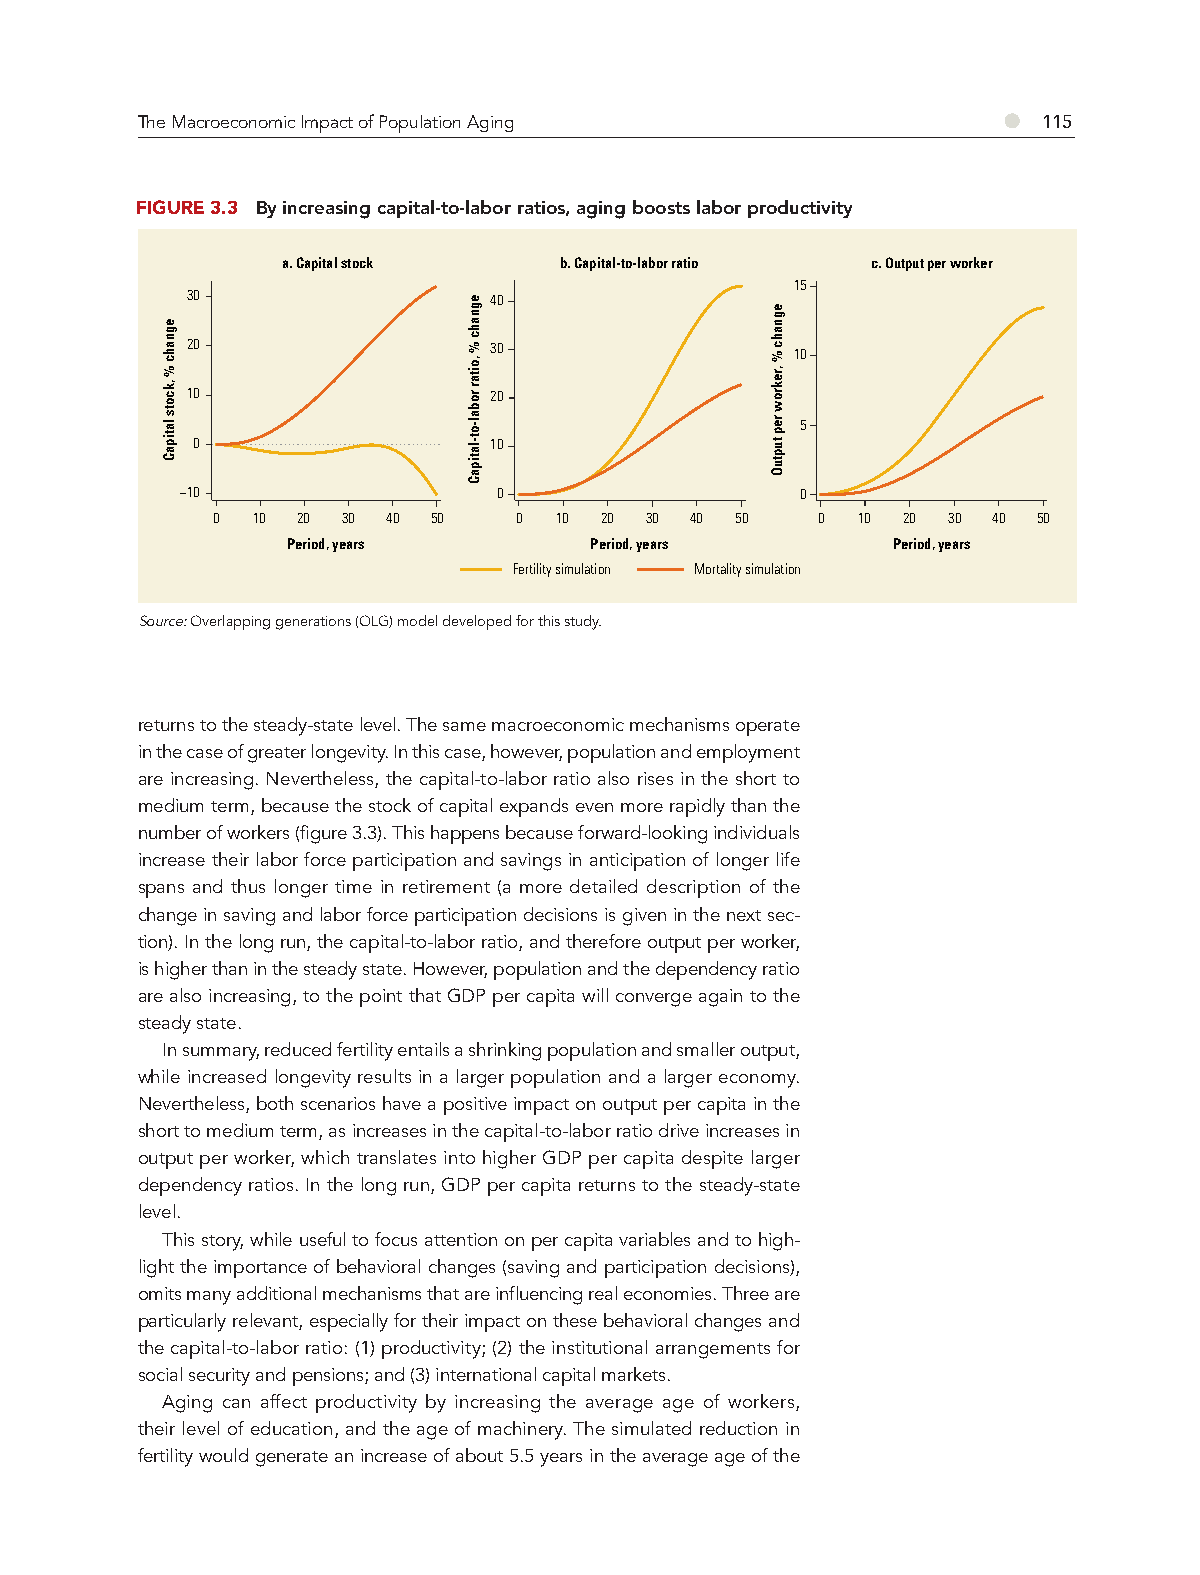
●
 The Macroeconomic Impact of Population Aging                115
 FIGURE 3.3 By increasing capital-to-labor ratios, aging boosts labor productivity
 a. Capital stock  b. Capital-to-labor ratio c. Output per worker
 15
 30                  40
 20                  30                   10
 10                  20
 5
 0                  10
 −10                  0                   0
 0  10 20 30 40 50   0  10 20 30 40 50   0  10 20 30 40 50
 Period, years       Period, years       Period, years
 Fertility simulation Mortality simulation
 Source: Overlapping generations (OLG) model developed for this study.
 returns to the steady-state level. The same macroeconomic mechanisms operate
 in the case of greater longevity. In this case, however, population and employment
 are increasing. Nevertheless, the capital-to-labor ratio also rises in the short to
 medium term, because the stock of capital expands even more rapidly than the
 number of workers (figure 3.3). This happens because forward-looking individuals
 increase their labor force participation and savings in anticipation of longer life
 spans and thus longer time in retirement (a more detailed description of the
 change in saving and labor force participation decisions is given in the next sec-
 tion). In the long run, the capital-to-labor ratio, and therefore output per worker,
 is higher than in the steady state. However, population and the dependency ratio
 are also increasing, to the point that GDP per capita will converge again to the
 steady state.
 In summary, reduced fertility entails a shrinking population and smaller output,
 while increased longevity results in a larger population and a larger economy.
 Nevertheless, both scenarios have a positive impact on output per capita in the
 short to medium term, as increases in the capital-to-labor ratio drive increases in
 output per worker, which translates into higher GDP per capita despite larger
 dependency ratios. In the long run, GDP per capita returns to the steady-state
 level.
 This story, while useful to focus attention on per capita variables and to high-
 light the importance of behavioral changes (saving and participation decisions),
 omits many additional mechanisms that are influencing real economies. Three are
 particularly relevant, especially for their impact on these behavioral changes and
 the capital-to-labor ratio: (1) productivity; (2) the institutional arrangements for
 social security and pensions; and (3) international capital markets.
 Aging can affect productivity by increasing the average age of workers,
 their level of education, and the age of machinery. The simulated reduction in
 fertility would generate an increase of about 5.5 years in the average age of the
 egnahc
 %
 ,kcots
 latipaC
 egnahc
 % ,oitar
 robal-ot-latipaC
 egnahc
 %
 ,rekrow
 rep
 tuptuO